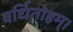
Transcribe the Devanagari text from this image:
वर्धितोहम्।